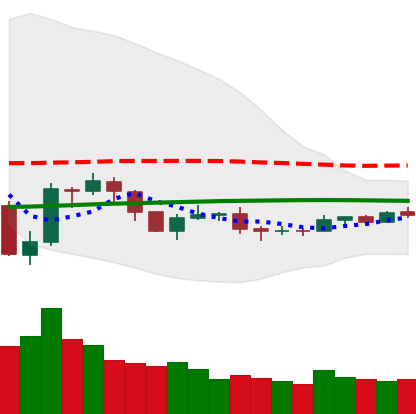
Ticker: NEO-USD
Chart end date: 2019-08-04
Forward return: -13.032%
Label: down_7plus